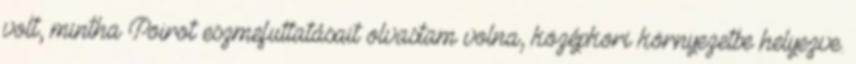
volt, mintha Poirot eszmefuttatásait olvastam volna, középkori környezetbe helyezve.